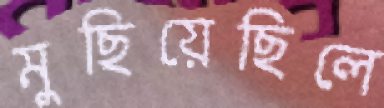
মুছিয়েছিলে